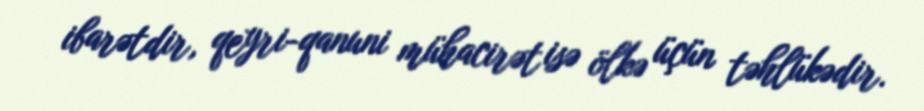
ibarətdir, qeyri-qanuni mühacirət isə ölkə üçün təhlükədir.